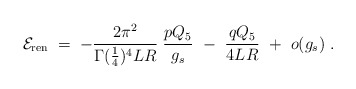
\begin{align*}{\cal E}_{\rm ren}\; =\; - {2 \pi^2 \over \Gamma({1\over 4})^4 L R}\;{pQ_5\over g_s} \ - \ {q Q_5\over 4LR} \ +\ o(g_s)\ .\end{align*}